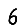
Digit: 6